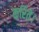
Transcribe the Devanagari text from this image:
करितें।